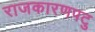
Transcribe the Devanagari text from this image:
राजकारणपटु